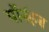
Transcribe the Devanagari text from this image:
पॉर्नहब